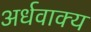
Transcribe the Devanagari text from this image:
अर्धवाक्य